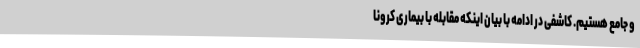
و جامع هستیم. کاشفی در ادامه با بیان اینکه مقابله با بیماری کرونا